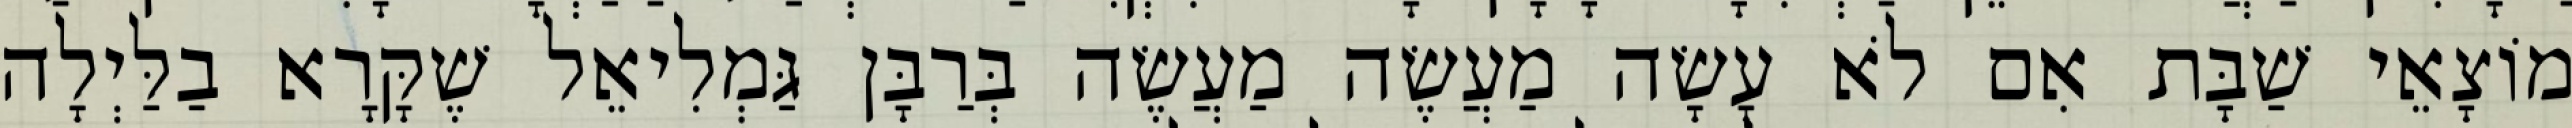
מוֹצָאֵי שַׁבָּת אִם לֹא עָשָׂה מַעֲשֶׂה מַעֲשֶׂה בְּרַבָּן גַּמְלִיאֵל שֶׁקָּרָא בַלַּיְלָה